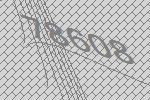
78608